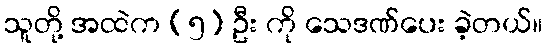
သူတို့ အထဲက (၅) ဦး ကို သေဒဏ်ပေး ခဲ့တယ်။